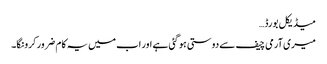
میڈیکل بورڈ…
میری آرمی چیف سے دوستی ہو گئی ہے اور اب میں یہ کام ضرور کرونگا۔